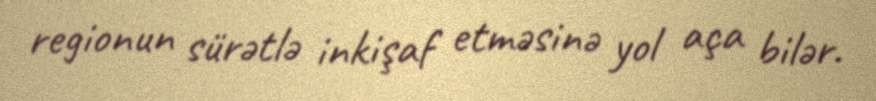
regionun sürətlə inkişaf etməsinə yol aça bilər.